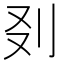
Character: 𠚿